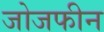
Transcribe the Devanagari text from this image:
जोजफीन